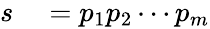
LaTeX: \begin{array}{rl}{s}&{{}=p_{1}p_{2}\cdots p_{m}}\end{array}